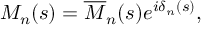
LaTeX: M _ { n } ( s ) = \overline { { { M } } } _ { n } ( s ) e ^ { i \delta _ { n } ( s ) } ,